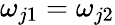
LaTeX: \omega_{j1}=\omega_{j2}